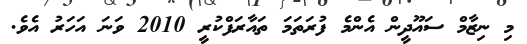
މި ނިޒާމް ސައޫދީން އެންމެ ފުރަތަމަ ތައާރަފްކުރީ 2010 ވަނަ އަހަރު އެވެ.